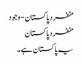
منفرد پاکستان - وجود
منفرد پاکستان
یہ پاکستان ہے۔